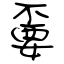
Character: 嫑